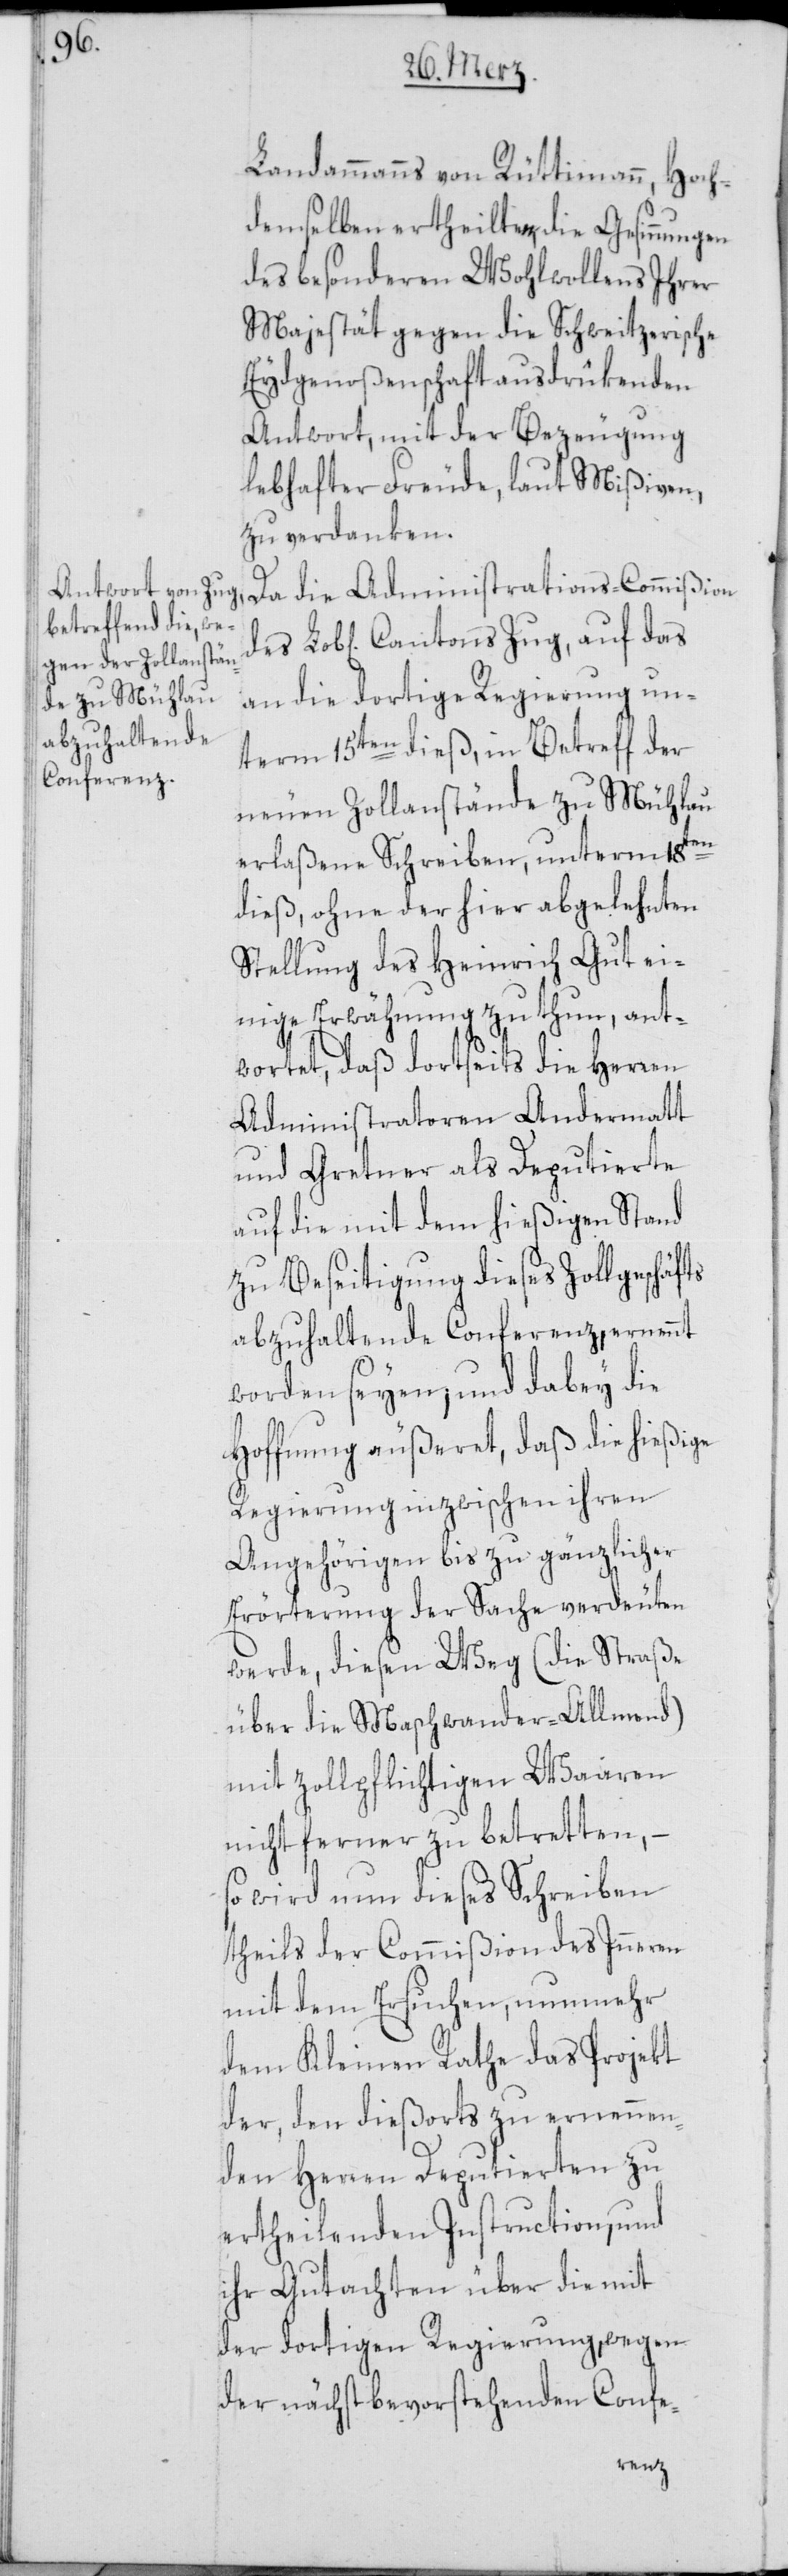
Landammanns von Rüttimann, Hoch¬
demselben ertheilten, die Gesinnungen
des besonderen Wohlwollens Ihrer
Majestät gegen die Schweitzerische
Eydgenoßenschaft ausdrükenden
Antwort, mit der Bezeugung
lebhafter Freude, laut Mißiven,
zu verdanken.
an die dortige Regierung un¬
term 15ten dieß, in Betreff der
neuen Zollanstände zu Mühlau
erlaßene Schreiben, unterm 18ten
dieß, ohne der hier abgelehnten
Stellung des Heinrich Gut ei¬
nige Erwähnung zu thun, ant¬
wortet, daß dortseits die Herren
Administratoren Andermatt
und Gretner als Deputierte
auf die mit dem hießigen Stand
zu Beseitigung dieses Zollgeschäfts
abzuhaltende Conferenz, ernennt
worden seyen; und dabey die
Hoffnung äußeret, daß die hießige
Regierung inzwischen ihren
Angehörigen bis zu gänzlicher
Erörterung der Sache verdeuten
werde, diesen Weg (die Straße
über die Maschwander Allmend)
mit zollpflichtigen Waaren
nicht ferner zu betretten, –
so wird um dieses Schreiben
theils der Commißion des Inneren
mit dem Ersuchen, nunmehr
dem kleinen Rathe das Projekt
der, den dießorts zu ernennen¬
den Herren Deputierten zu
ertheilenden Instruction, und
ihr Gutachten über die mit
der dortigen Regierung, wegen
der nächst bevorstehenden Con-